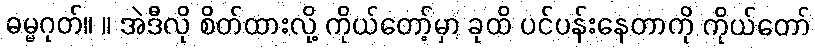
ဓမ္မဂုတ်။ ။ အဲဒီလို စိတ်ထားလို့ ကိုယ်တော့်မှာ ခုထိ ပင်ပန်းနေတာကို ကိုယ်တော်